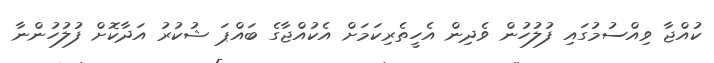
ކުއްޖާ ވިއްސުމުގައި ފުލުހުން ވެދިން އެހީތެރިކަމަށް އެކުއްޖާގެ ބައްޕަ ޝުކުރު އަދާކޮށް ފުލުހުންނާ